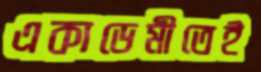
একাডেমীতেই